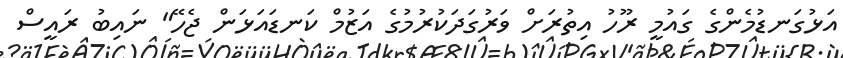
އަޅުގަނޑުމެންގެ ގައުމީ ރޫހު އިތުރަށް ވަރުގަދަކުރުމުގެ އަޒުމް ކަނޑައަޅަން ޖެހޭ" ނައިބު ރައީސް